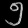
Digit: ၅